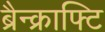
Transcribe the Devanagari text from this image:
ब्रैन्क्राफ्टि